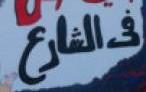
فيالشارع